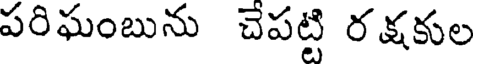
పరిఘంబును చెపట్టి రక్షకుల